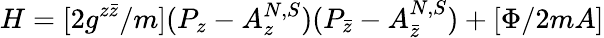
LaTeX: H=[2g^{z\bar{z}}/m](P_{z}-A_{z}^{N,S})(P_{\bar{z}}-A_{\bar{z}}^{N,S})+[\Phi/2mA]